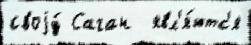
своjу́ Саган  явл'я́ютс'я